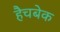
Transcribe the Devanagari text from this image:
हैचबेक